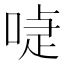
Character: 𠸝